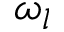
\omega _ { l }